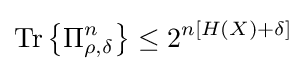
{\text{Tr}}\left\{\Pi _{\rho ,\delta }^{n}\right\}\leq 2^{n\left[H\left(X\right)+\delta \right]}